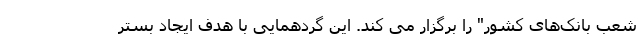
شعب بانک‌های کشور" را برگزار می کند. این گردهمایی با هدف ایجاد بستر